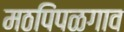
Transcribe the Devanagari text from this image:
मठपिंपळगाव